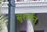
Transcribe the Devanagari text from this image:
सुशर्मन्